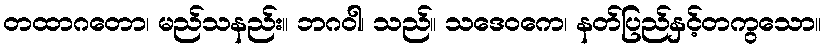
တထာဂတော၊ မည်သနည်း။ ဘဂဝါ၊ သည်။ သဒေဝကေ၊ နတ်ပြည်နှင့်တကွသော။